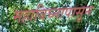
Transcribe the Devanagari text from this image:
महाविघ्नापासून